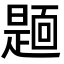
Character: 𮧏